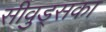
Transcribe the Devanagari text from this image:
सीवुड्सका